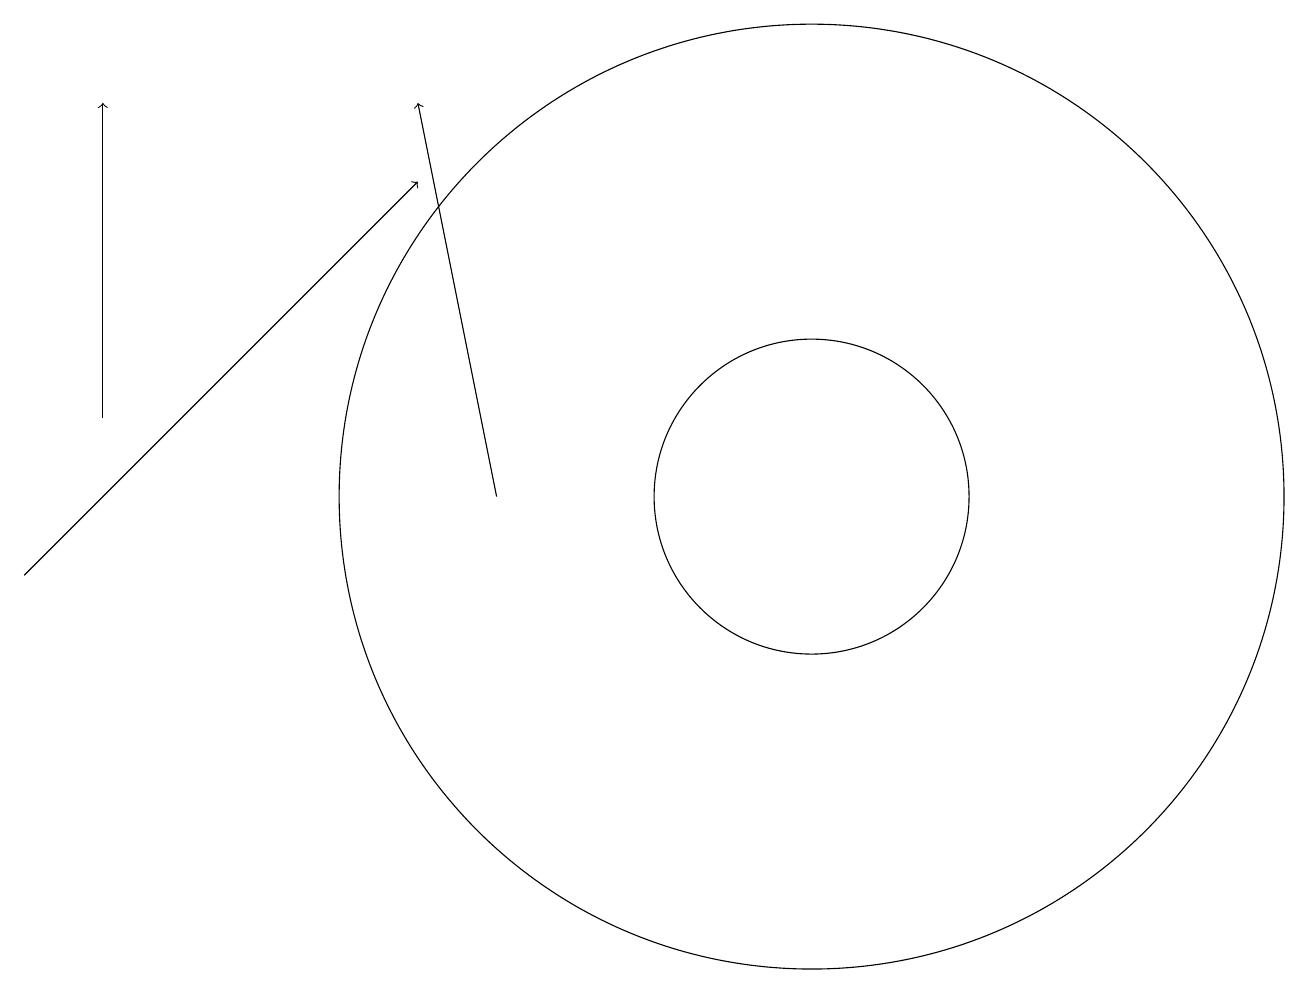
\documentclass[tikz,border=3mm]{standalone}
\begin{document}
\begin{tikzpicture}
\draw[->] (2,12) -- (2,16);
\draw (11,11) circle (2);
\draw[->] (7,11) -- (6,16);
\draw[->] (1,10) -- (6,15);
\draw (11,11) circle (6);
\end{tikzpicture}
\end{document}